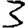
Digit: 3